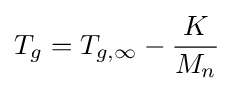
T_{g}=T_{g,\infty }-{\frac {K}{M_{n}}}